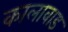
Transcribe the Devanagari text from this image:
कालावाड